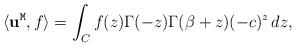
LaTeX: \begin{align*}\langle {\bf u}^{\tt M},f \rangle=\int_Cf(z)\Gamma(-z)\Gamma(\beta+z)(-c)^z\,dz,\end{align*}